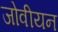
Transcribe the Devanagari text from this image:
जोवीयन